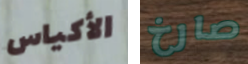
الأكياس صارخ